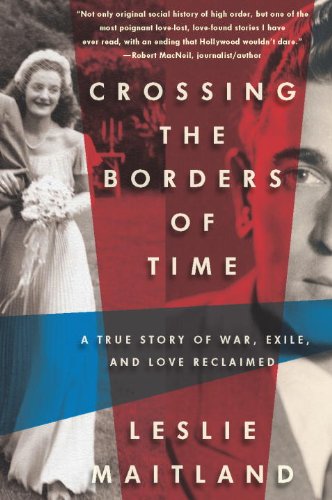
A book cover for Crossing the Borders of Time: A True Story of War, Exile, and Love Reclaimed; Leslie Maitland; Biographies & Memoirs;